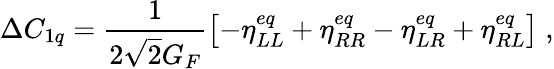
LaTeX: \Delta C_{1q}=\frac{1}{2\sqrt{2}G_{F}}\left[-\eta_{LL}^{eq}+\eta_{RR}^{eq}-\eta_{LR}^{eq}+\eta_{RL}^{eq}\right]\; ,